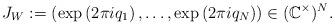
LaTeX: \begin{align*}J_W:=\left(\exp\left(2\pi i q_1\right),\ldots,\exp\left(2\pi iq_N\right)\right)\in (\mathbb C^\times)^N.\end{align*}